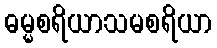
ဓမ္မစရိယာသမစရိယာ